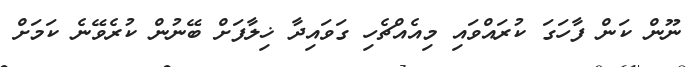
ނޫން ކަން ފާހަގަ ކުރައްވައި މިއެއްޗެހި ގަވައިދާ ޚިލާފަށް ބޭނުން ކުރެވޭނެ ކަމަށް